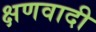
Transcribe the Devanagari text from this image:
क्षणवादी